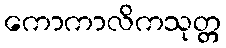
ကောကာလိကသုတ္တ